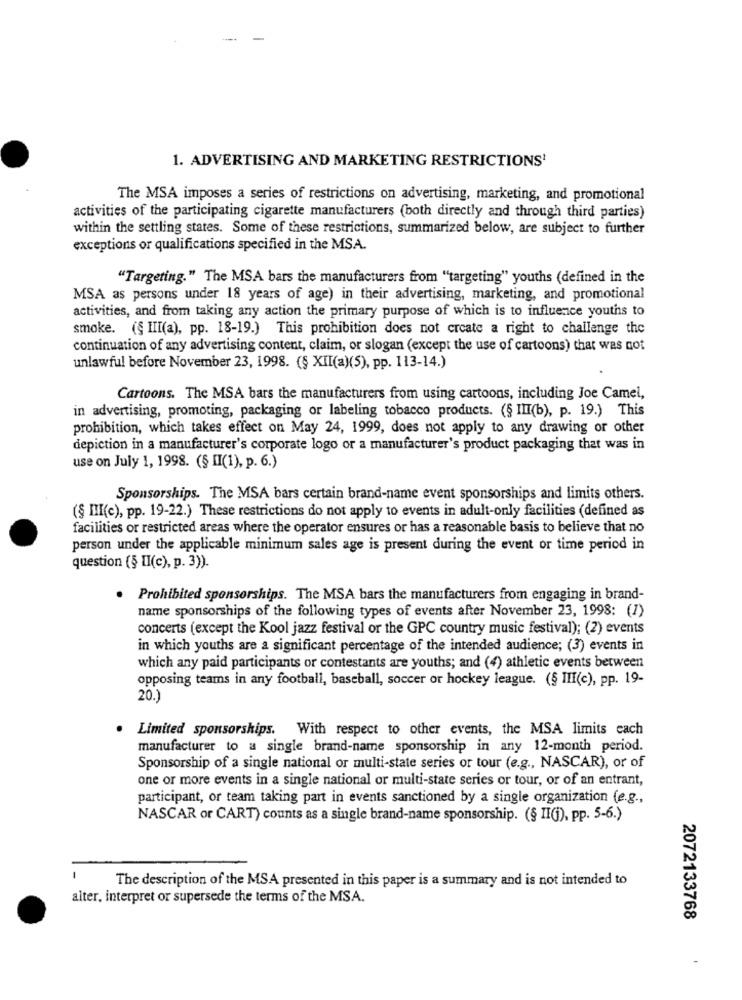
1. ADVERTISING AND MARKETING RESTRICTIONS'
The MSA imposes a series of restrictions on advertising, marketing, and promotional
activities of the participating cigarette manufacturers (both directly and through third parties)
within the settling states. Some of these restrictions, summarized below, are subject to further
exceptions or qualifications specified in the MSA.
"Targeting." The MSA bars the manufacturers from "targeting" youths (defined in the
MSA as persons under 18 years of age) in their advertising, marketing, and promotional
activities, and from taking any action the primary purpose of which is to influence youths to
smoke. (§ III(a), pp. 18-19.) This prohibition does not create a right to challenge the
continuation of any advertising content, claim, or slogan (except the use of cartoons) that was not
unlawful before November 23, 1998. (§ XII(a)(5), pp. 113-14.)
Cartoons. The MSA bars the manufacturers from using cartoons, including Joe Camel,
in advertising, promoting, packaging or labeling tobacco products. (§ III(b), p. 19.) This
prohibition, which takes effect on May 24, 1999, does not apply to any drawing or other
depiction in a manufacturer's corporate logo or a manufacturer's product packaging that was in
use on July 1, 1998. (§ II(1), p. 6.)
Sponsorships. The MSA bars certain brand-name event sponsorships and limits others.
(§ III(c), pp. 19-22.) These restrictions do not apply to events in adult-only facilities (defined as
facilities or restricted areas where the operator ensures or has a reasonable basis to believe that no
person under the applicable minimum sales age is present during the event or time period in
question (§ II(c), p. 3)).
Prohibited sponsorships. The MSA bars the manufacturers from engaging in brand-
name sponsorships of the following types of events after November 23, 1998: (1)
concerts (except the Kool jazz festival or the GPC country music festival); (2) events
in which youths are a significant percentage of the intended audience; (3) events in
which any paid participants or contestants are youths; and (4) athletic events between
opposing teams in any football, baseball, soccer or hockey league. (§ III(c), pp. 19-
20.)
Limited sponsorships. With respect to other events, the MSA limits each
manufacturer to a single brand-name sponsorship in any 12-month period.
Sponsorship of a single national or multi-state series or tour (e.g ., NASCAR), or of
one or more events in a single national or multi-state series or tour, or of an entrant,
participant, or team taking part in events sanctioned by a single organization (e.g .,
NASCAR or CART) counts as a single brand-name sponsorship. (§ II(j), pp. 5-6.)
The description of the MSA presented in this paper is a summary and is not intended to
alter, interpret or supersede the terms of the MSA.
2072133768